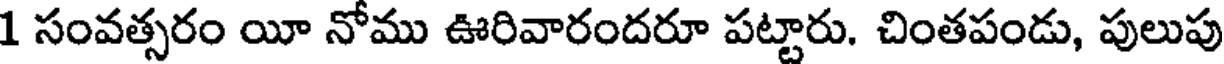
1 సంవత్సరం యీ నోము ఊరివారందరూ పట్టారు. చింతపండు, పులుపు